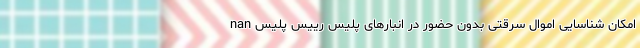
nan امکان شناسایی اموال سرقتی بدون حضور در انبارهای پلیس رییس پلیس